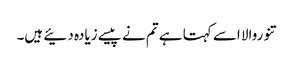
تنوروالا اسے کہتا ہے تم نے پیسے زیادہ دئیے ہیں۔